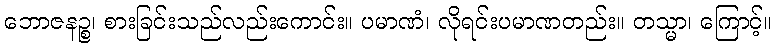
ဘောဇနဉ္စ၊ စားခြင်းသည်လည်းကောင်း။ ပမာဏံ၊ လိုရင်းပမာဏတည်း။ တသ္မာ၊ ကြောင့်။